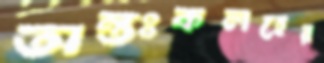
অন্তঃকলহের